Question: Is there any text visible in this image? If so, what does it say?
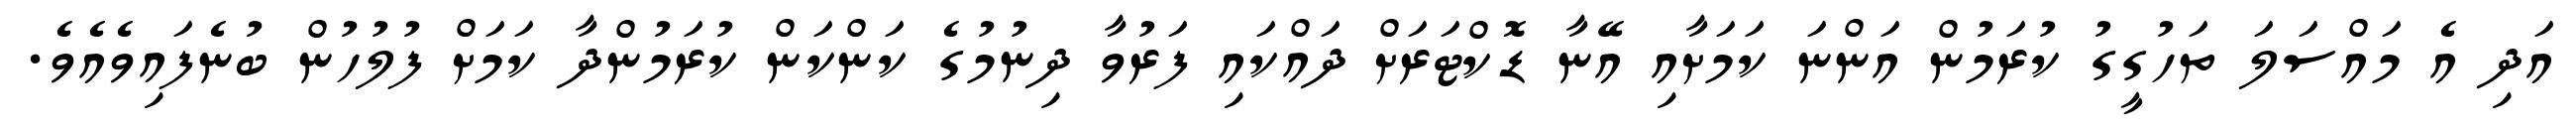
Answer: އަދި އެ މައްސަލަ ތަހުގީގު ކުރަމުން އަންނަ ކަމަށާއި އޭނާ ޑޮކްޓަރަށް ދައްކައި ފަރުވާ ދިނުމުގެ ކަންކަން ކުރަމުންދާ ކަމަށް ފުލުހުން ބުނެފައިވެއެވެ.